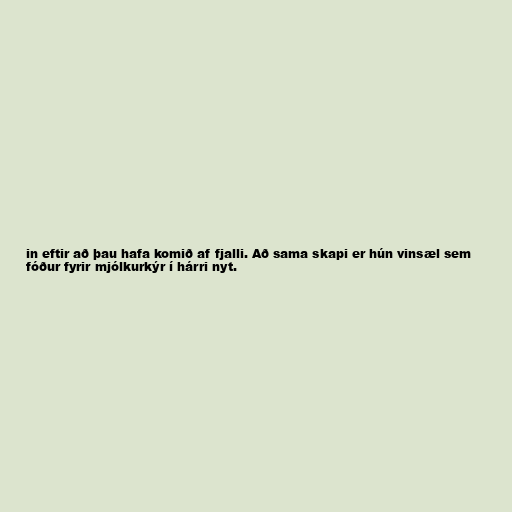
in eftir að þau hafa komið af fjalli. Að sama skapi er hún vinsæl sem
fóður fyrir mjólkurkýr í hárri nyt.